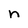
Character: n